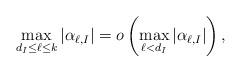
LaTeX: \begin{align*} \max_{d_I\le \ell\le k} |\alpha_{\ell,I}|= o\left(\max_{\ell< d_I} |\alpha_{\ell,I}|\right) ,\end{align*}